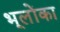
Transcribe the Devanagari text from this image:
भूलोंका